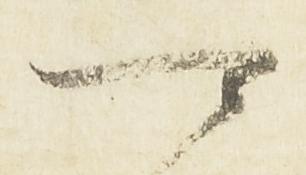
可